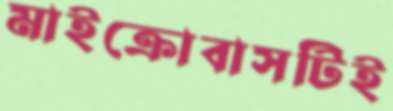
মাইক্রোবাসটিই